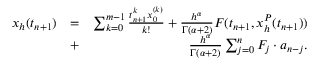
\begin{array} { r l r } { x _ { h } ( t _ { n + 1 } ) } & { = } & { \sum _ { k = 0 } ^ { m - 1 } \frac { t _ { n + 1 } ^ { k } x _ { 0 } ^ { ( k ) } } { k ! } + \frac { h ^ { \alpha } } { \Gamma ( \alpha + 2 ) } F ( t _ { n + 1 } , x _ { h } ^ { P } ( t _ { n + 1 } ) ) } \\ & { + } & { \frac { h ^ { \alpha } } { \Gamma ( \alpha + 2 ) } \sum _ { j = 0 } ^ { n } F _ { j } \cdot a _ { n - j } . } \end{array}